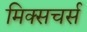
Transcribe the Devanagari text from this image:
मिक्सचर्स